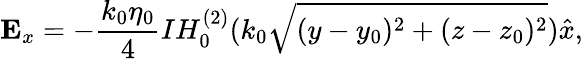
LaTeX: \mathbf{E}_{x}=-\frac{k_{0}\eta_{0}}{4}IH_{0}^{(2)}(k_{0}\sqrt{(y-y_{0})^{2}+(z-z_{0})^{2}})\hat{x},